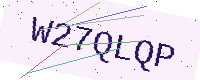
Text: W27QLQP